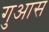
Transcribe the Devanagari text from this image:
गुआस